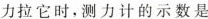
的力拉它时，测力计的示数是